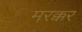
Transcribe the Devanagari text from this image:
मरक्कर